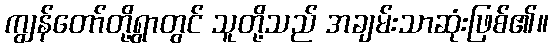
ကျွန်တော်တို့ရွာတွင် သူတို့သည် အချမ်းသာဆုံးဖြစ်၏။